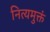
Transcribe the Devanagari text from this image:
नित्यमुक्तं